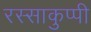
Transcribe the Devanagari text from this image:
रस्साकुप्पी